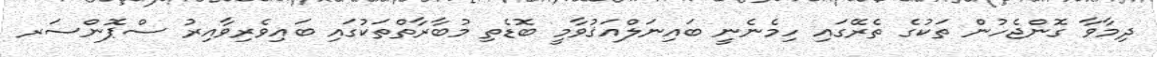
ދިމާވާ ގޮންޖެހުން ތަކުގެ ތެރޭގައި ހިމެނެނީ ބައިނަލްއަޤުވާމީ ބޮޑެތި މުބާރާތްތަކުގައި ބައިވެރިވާއިރު ސްޕޮންސަރ